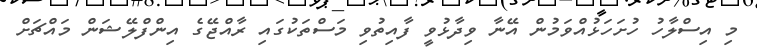
މި އިސްލާހު ހުށަހަޅުއްވަމުން އޭނާ ވިދާޅުވީ ފާއިތުވި މަސްތަކުގައި ރާއްޖޭގެ އިންފްލޭޝަން މައްޗަށް